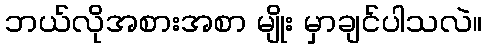
ဘယ်လိုအစားအစာ မျိုး မှာချင်ပါသလဲ။